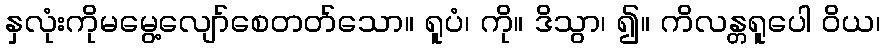
နှလုံးကိုမမွေ့လျော်စေတတ်သော။ ရူပံ၊ ကို။ ဒိသွာ၊ ၍။ ကိလန္တရူပေါ ဝိယ၊